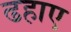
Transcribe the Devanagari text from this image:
ढहाए